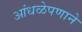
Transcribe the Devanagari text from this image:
आंधळेपणाने